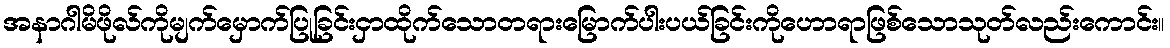
အနာဂါမိဖိုလ်ကိုမျက်မှောက်ပြုခြင်းငှာထိုက်သောတရားမြောက်ပါးပယ်ခြင်းကိုဟောရာဖြစ်သောသုတ်လည်းကောင်း။